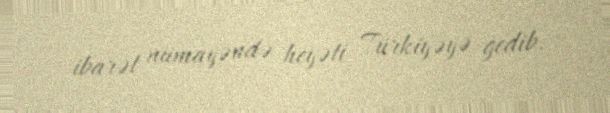
ibarət nümayəndə heyəti Türkiyəyə gedib.